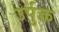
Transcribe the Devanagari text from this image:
उर्पुक्त